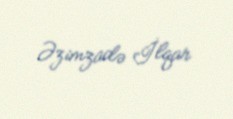
Əzimzadə İlqar